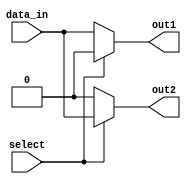
module demux_1to2 (
    input wire data_in,
    input wire select,
    output reg out1,
    output reg out2
);

always @ (data_in, select)
begin
    if (select)
        begin
            out1 = 0;
            out2 = data_in;
        end
    else
        begin
            out1 = data_in;
            out2 = 0;
        end
end

endmodule